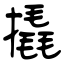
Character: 撬